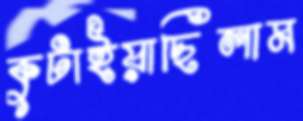
কুটাইয়াছিলাম